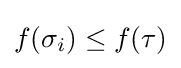
f(\sigma _{i})\leq f(\tau )